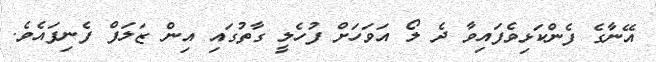
އޭނާގެ ފެންކަޅިވެފައިވާ ދެ ލޯ އަވަހަށް ފުހެލީ ގާތުގައި އިން ޒަލަފް ފެނިފައެވެ.